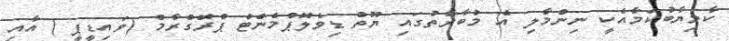
ކާމިޔާބުކަމާއެކީ ނިންމާލި އެ މުބާރާތުގައި ޔޫތް ޑިވެލޮޕްމެންޓް ޕްރޮގްރާމް (ވައިޑީޕީ ) އާއި